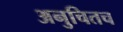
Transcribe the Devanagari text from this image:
अनुचितच